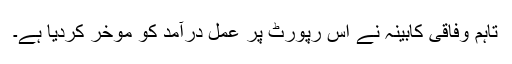
تاہم وفاقی کابینہ نے اس رپورٹ پر عمل درآمد کو موخر کردیا ہے۔